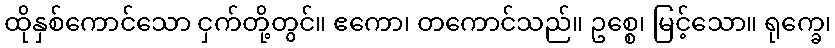
ထိုနှစ်ကောင်သော ငှက်တို့တွင်။ ဧကော၊ တကောင်သည်။ ဥစ္စေ၊ မြင့်သော။ ရုက္ခေ၊